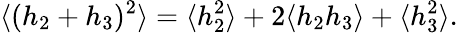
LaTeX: \langle(h_{2}+h_{3})^{2}\rangle=\langle h_{2}^{2}\rangle+2\langle h_{2}h_{3}\rangle+\langle h_{3}^{2}\rangle.